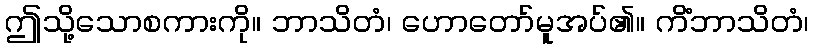
ဤသို့သောစကားကို။ ဘာသိတံ၊ ဟောတော်မူအပ်၏။ ကိံဘာသိတံ၊